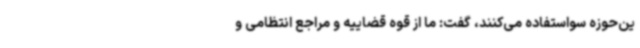
ین‌حوزه سواستفاده می‌کنند، گفت: ما از قوه قضاییه و مراجع انتظامی و